Lunatic asylums Central Provinces reports 1886-1894 - 1886-1894
Year: 1886
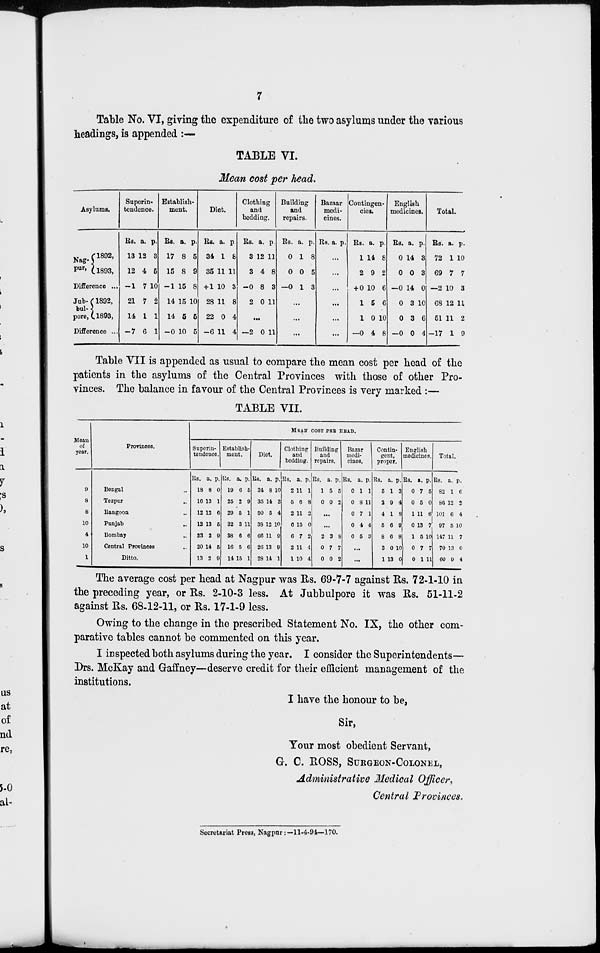
7
Table No. VI, giving the expenditure of the two asylums under the various
headings, is appended :—
TABLE VI.
Mean cost per head.
Asylums.
Nag¬
pur,
1892,
1893,
Difference ...
Jub¬
bul¬
pore,
1892,
1893,
Difference ...
Superin-
tendence.
Rs.
13
12
-1
21
14
-7
a.
12
4
7
7
1
6
p.
3
5
10
2
1
1
Establish-
ment.
Rs.
17
15
-1
14
14
-0
a.
8
8
15
15
5
10
p.
5
9
8
10
5
5
Diet.
Rs.
34
35
+ 1
28
22
-6
a.
1
11
10
11
0
11
p.
8
11
3
8
4
4
Clothing
and
bedding.
Rs.
3
3
-0
2
a.
12
4
8
0
p.
11
8
3
11
...
-2
0 11
Building
and
repairs.
Rs.
0
0
-0
a.
1
0
1
p.
8
5
3
...
...
...
Bazaar
medi-
cines.
Rs. a. p.
...
...
...
...
...
...
Contingen-
cies.
Rs.
1
2
+ 0
1
1
-0
a.
14
9
10
5
0
4
p.
8
2
6
6
10
8
English
medicines.
Rs.
0
0
-0
0
0
-0
a.
14
0
14
3
3
0
p.
3
3
0
10
6
4
Total.
Rs.
72
69
—2
68
51
-17
a.
1
7
10
12
11
1
p.
10
7
3
11
2
9
Table VII is appended as usual to compare the mean cost per head of the
patients in the asylums of the Central Provinces with those of other Pro-
vinces. The balance in favour of the Central Provinces is very marked :—
TABLE VII.
Mean
of
year.
9
8
8
10
4
10
1
Provinces.
Bengal...
Tezpur...
Rangoon...
Punjab...
Bombay...
Central Provinces...
Ditto....
MEAN COST PER HEAD.
Superin-
tendence.
Rs.
18
16
12
12
23
20
13
a.
8
13
12
13
2
14
2
p.
0
1
6
5
9
5
9
Establish-
ment.
Rs.
19
25
29
32
38
16
14
a.
6
2
5
3
6
5
15
p.
5
9
1
11
6
6
1
Diet.
Rs.
34
35
50
38
66
26
28
a.
8
14
5
12
11
13
14
p.
10
3
4
10
9
9
1
Clothing
and
bedding.
Rs.
2
5
2
6
6
2
1
a.
11
6
11
15
7
11
10
p.
1
8
2
0
2
4
4
Building
and
repairs.
Rs.
1
0
a.
5
0
p.
5
2
...
...
2
0
0
3
7
0
8
7
2
Bazar
medi-
cines.
Rs.
0
0
0
0
0
a.
1
8
7
4
5
p.
1
11
1
4
3
...
...
Contin-
gent,
proper.
Rs.
5
2
4
5
8
3
1
a.
1
9
1
6
6
0
13
p.
3
4
8
9
8
10
0
English
medicines.
Rs.
0
0
1
0
1
0
0
a.
7
5
11
13
5
7
1
p.
5
0
6
7
10
7
11
Total.
Rs.
82
86
101
97
147
70
60
a.
1
12
6
5
11
13
9
p.
6
2
4
10
7
0
4
The average cost per head at Nagpur was Rs. 69-7-7 against Rs. 72-1-10 in
the preceding year, or Rs. 2-10-3 less. At Jubbulpore it was Rs. 51-11-2
against Rs. 68-12-11, or Rs. 17-1-9 less.
Owing to the change in the prescribed Statement No. IX, the other com-
parative tables cannot be commented on this year.
I inspected both asylums during the year. I consider the Superintendents—
Drs. McKay and Gaffney—deserve credit for their efficient management of the
institutions.
I have the honour to be,
Sir,
Your most obedient Servant,
G. C. ROSS, SURGEON-COLONEL,
Administrative Medical Officer,
Central Provinces.
Secretariat Press, Nagpur:—11-4-94—170.